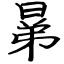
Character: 晜